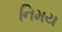
નિમય